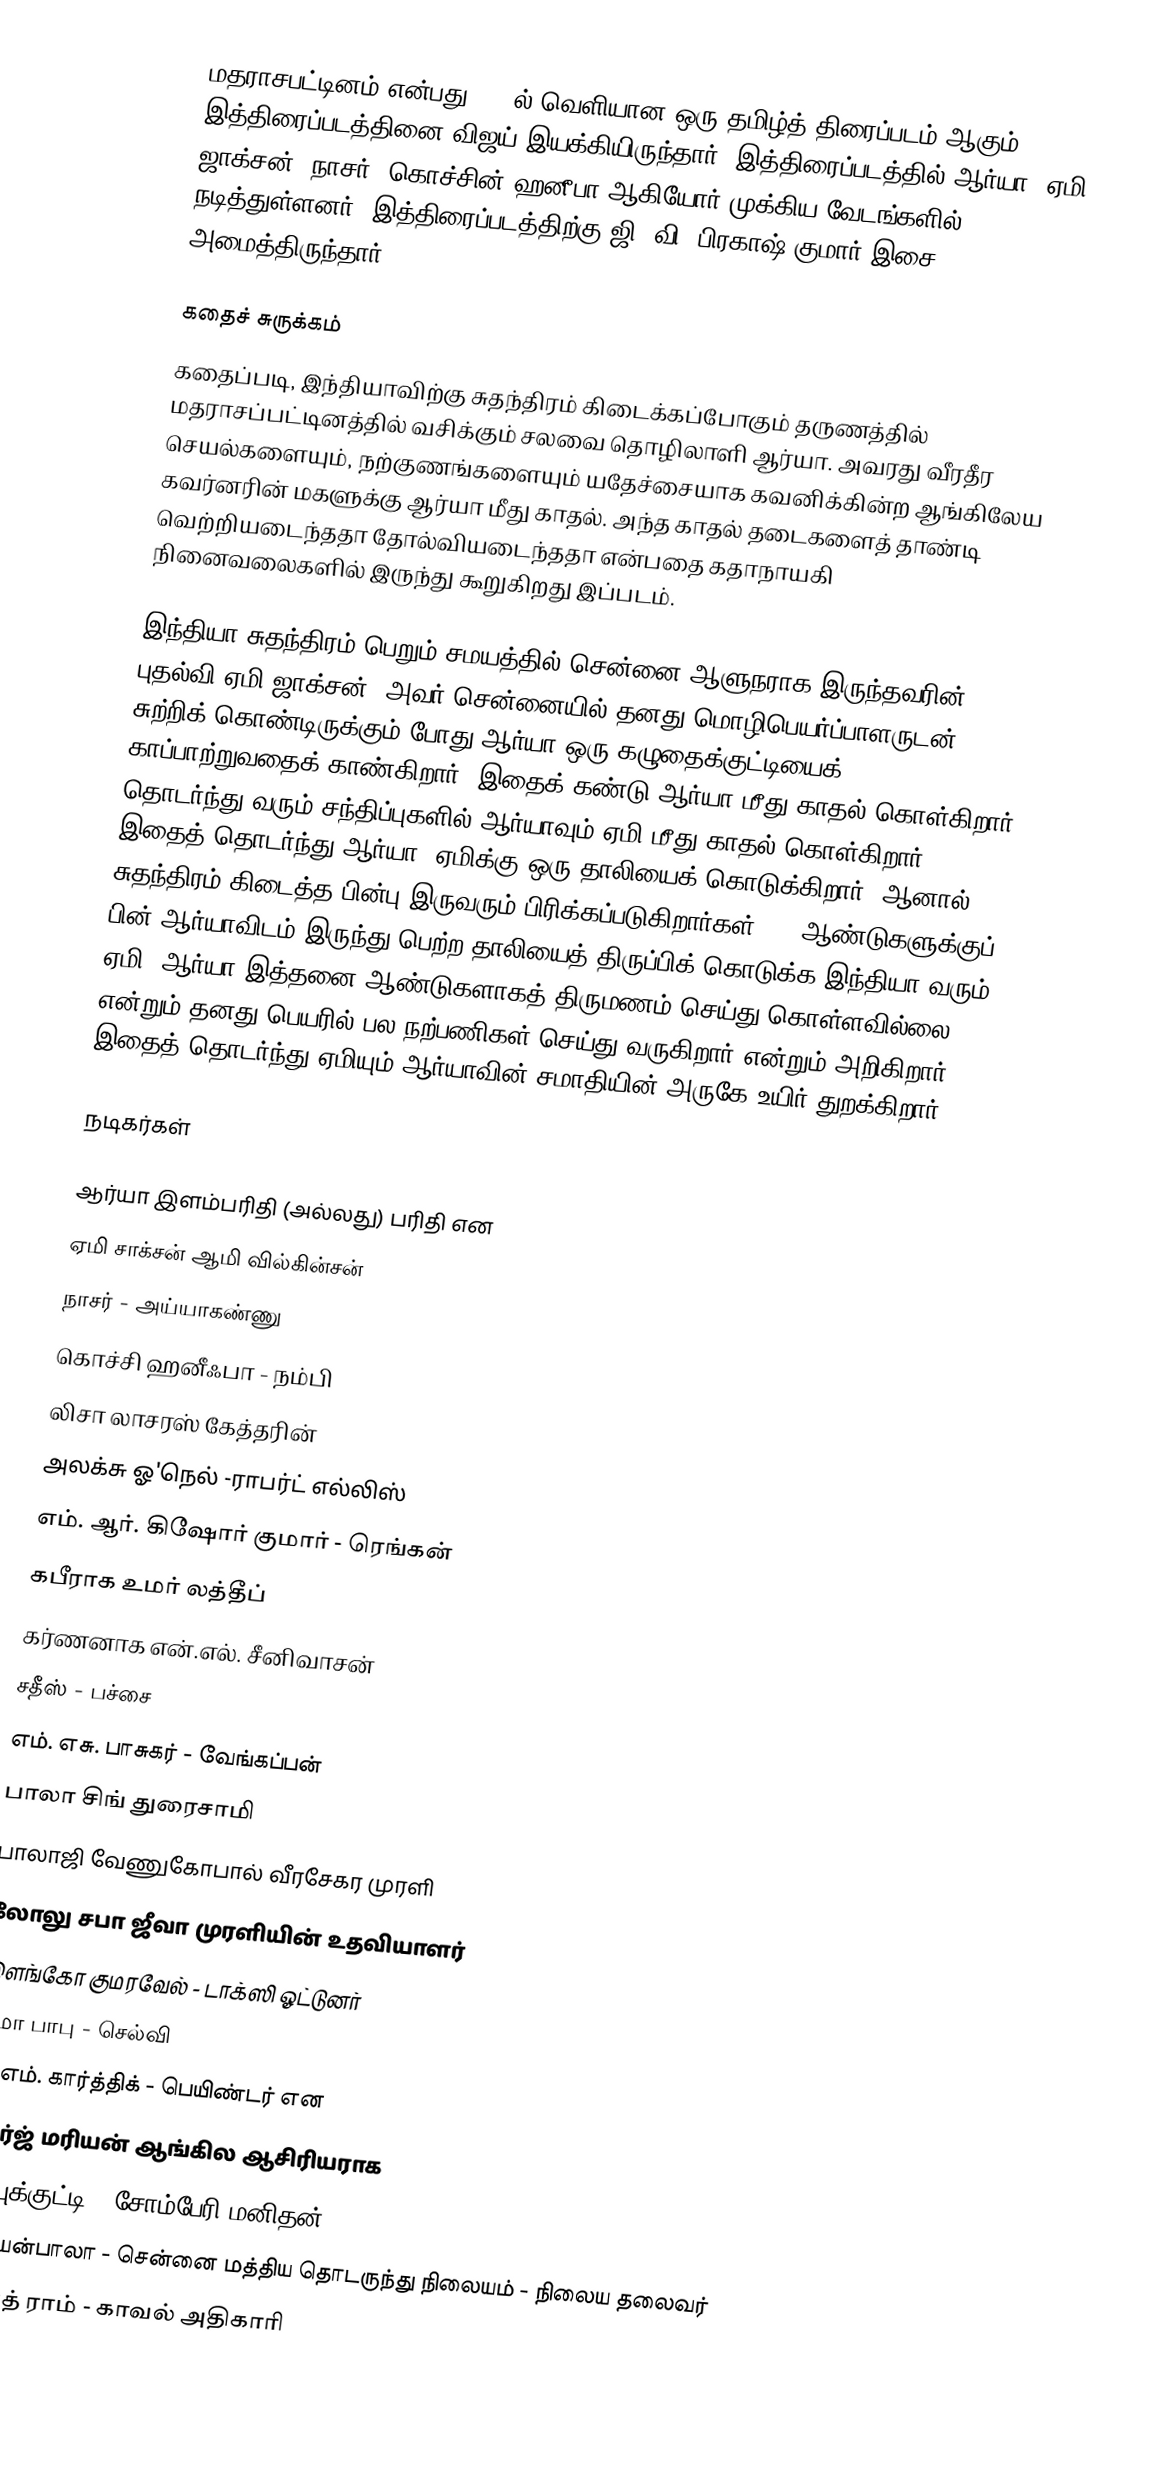
மதராசபட்டினம் என்பது 2010ல் வெளியான ஒரு தமிழ்த் திரைப்படம் ஆகும். இத்திரைப்படத்தினை விஜய் இயக்கியிருந்தார். இத்திரைப்படத்தில் ஆர்யா, ஏமி ஜாக்சன், நாசர், கொச்சின் ஹனீபா ஆகியோர் முக்கிய வேடங்களில் நடித்துள்ளனர். இத்திரைப்படத்திற்கு ஜி. வி. பிரகாஷ் குமார் இசை அமைத்திருந்தார்.

கதைச் சுருக்கம்
கதைப்படி, இந்தியாவிற்கு சுதந்திரம் கிடைக்கப்போகும் தருணத்தில் மதராசப்பட்டினத்தில் வசிக்கும் சலவை தொழிலாளி ஆர்யா. அவரது வீரதீர செயல்களையும், நற்குணங்களையும் யதேச்சையாக கவனிக்கின்ற ஆங்கிலேய கவர்னரின் மகளுக்கு ஆர்யா மீது காதல். அந்த காதல் தடைகளைத் தாண்டி வெற்றியடைந்ததா தோல்வியடைந்ததா என்பதை கதாநாயகி நினைவலைகளில் இருந்து கூறுகிறது இப்படம்.

இந்தியா சுதந்திரம் பெறும் சமயத்தில் சென்னை ஆளுநராக இருந்தவரின் புதல்வி ஏமி ஜாக்சன். அவர் சென்னையில் தனது மொழிபெயர்ப்பாளருடன் சுற்றிக் கொண்டிருக்கும் போது ஆர்யா ஒரு கழுதைக்குட்டியைக் காப்பாற்றுவதைக் காண்கிறார். இதைக் கண்டு ஆர்யா மீது காதல் கொள்கிறார். தொடர்ந்து வரும் சந்திப்புகளில் ஆர்யாவும் ஏமி மீது காதல் கொள்கிறார். இதைத் தொடர்ந்து ஆர்யா, ஏமிக்கு ஒரு தாலியைக் கொடுக்கிறார். ஆனால் சுதந்திரம் கிடைத்த பின்பு இருவரும் பிரிக்கப்படுகிறார்கள். 60 ஆண்டுகளுக்குப் பின் ஆர்யாவிடம் இருந்து பெற்ற தாலியைத் திருப்பிக் கொடுக்க இந்தியா வரும் ஏமி, ஆர்யா இத்தனை ஆண்டுகளாகத் திருமணம் செய்து கொள்ளவில்லை என்றும் தனது பெயரில் பல நற்பணிகள் செய்து வருகிறார் என்றும் அறிகிறார். இதைத் தொடர்ந்து ஏமியும் ஆர்யாவின் சமாதியின் அருகே உயிர் துறக்கிறார்.

நடிகர்கள்

 ஆர்யா இளம்பரிதி (அல்லது) பரிதி என
 ஏமி சாக்சன் ஆமி வில்கின்சன்
 நாசர் - அய்யாகண்ணு
 கொச்சி ஹனீஃபா - நம்பி
 லிசா லாசரஸ் கேத்தரின்
 அலக்சு ஓ'நெல் -ராபர்ட் எல்லிஸ்
 எம். ஆர். கிஷோர் குமார் - ரெங்கன்
 கபீராக உமர் லத்தீப்
 கர்ணனாக என்.எல். சீனிவாசன்
 சதீஸ் - பச்சை
 எம். எசு. பாசுகர் - வேங்கப்பன்
 பாலா சிங் துரைசாமி
 பாலாஜி வேணுகோபால் வீரசேகர முரளி
 லோலு சபா ஜீவா முரளியின் உதவியாளர்
 இளங்கோ குமரவேல் - டாக்ஸி ஓட்டுனர்
 லீமா பாபு -  செல்வி
 டி. எம். கார்த்திக் - பெயிண்டர் என
 ஜார்ஜ் மரியன் ஆங்கில ஆசிரியராக
 அப்புக்குட்டி - சோம்பேரி மனிதன்
 அஜயன்பாலா - சென்னை மத்திய தொடருந்து நிலையம் - நிலைய தலைவர்
 சம்பத் ராம் - காவல் அதிகாரி